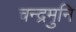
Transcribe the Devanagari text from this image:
चन्द्रमुनि